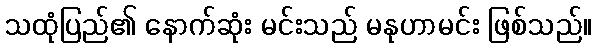
သထုံပြည်၏ နောက်ဆုံး မင်းသည် မနုဟာမင်း ဖြစ်သည်။